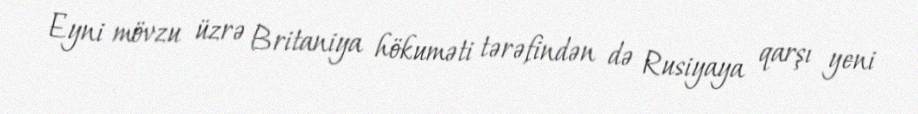
Eyni mövzu üzrə Britaniya hökuməti tərəfindən də Rusiyaya qarşı yeni